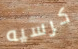
كرسيه